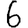
Digit: 6